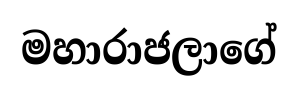
මහාරාජලාගේ